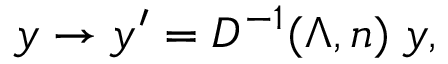
y \rightarrow y ^ { \prime } = { D ^ { - 1 } ( \Lambda , n ) } \; y ,